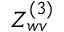
Z _ { w v } ^ { ( 3 ) }